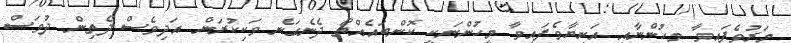
މަރުވެފައިވާ މީހުންނާއި އަނިޔާވެފައިވާ މީހުންނަކީ ކޮންބައެއްތޯ ދެނެގަނެ ވަކިކުރަން އަދިވެސް ދެތިން ދުވަސް